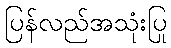
ပြန်လည်အသုံးပြု